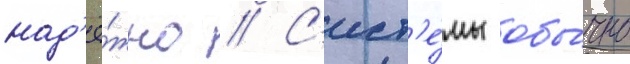
над'ё́жно // С'ист'е́мы обы́чно